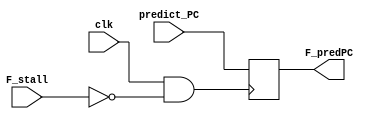
module F_regs(F_predPC,F_stall,predict_PC,clk);

input F_stall;
input [63:0] predict_PC;
input clk;

reg [63:0] F_predPC1;
output wire [63:0] F_predPC;
 

initial
begin
    F_predPC1=421;
end

always@(posedge clk & !F_stall)
begin
    F_predPC1 <= predict_PC;  
end

assign F_predPC=F_predPC1;

endmodule